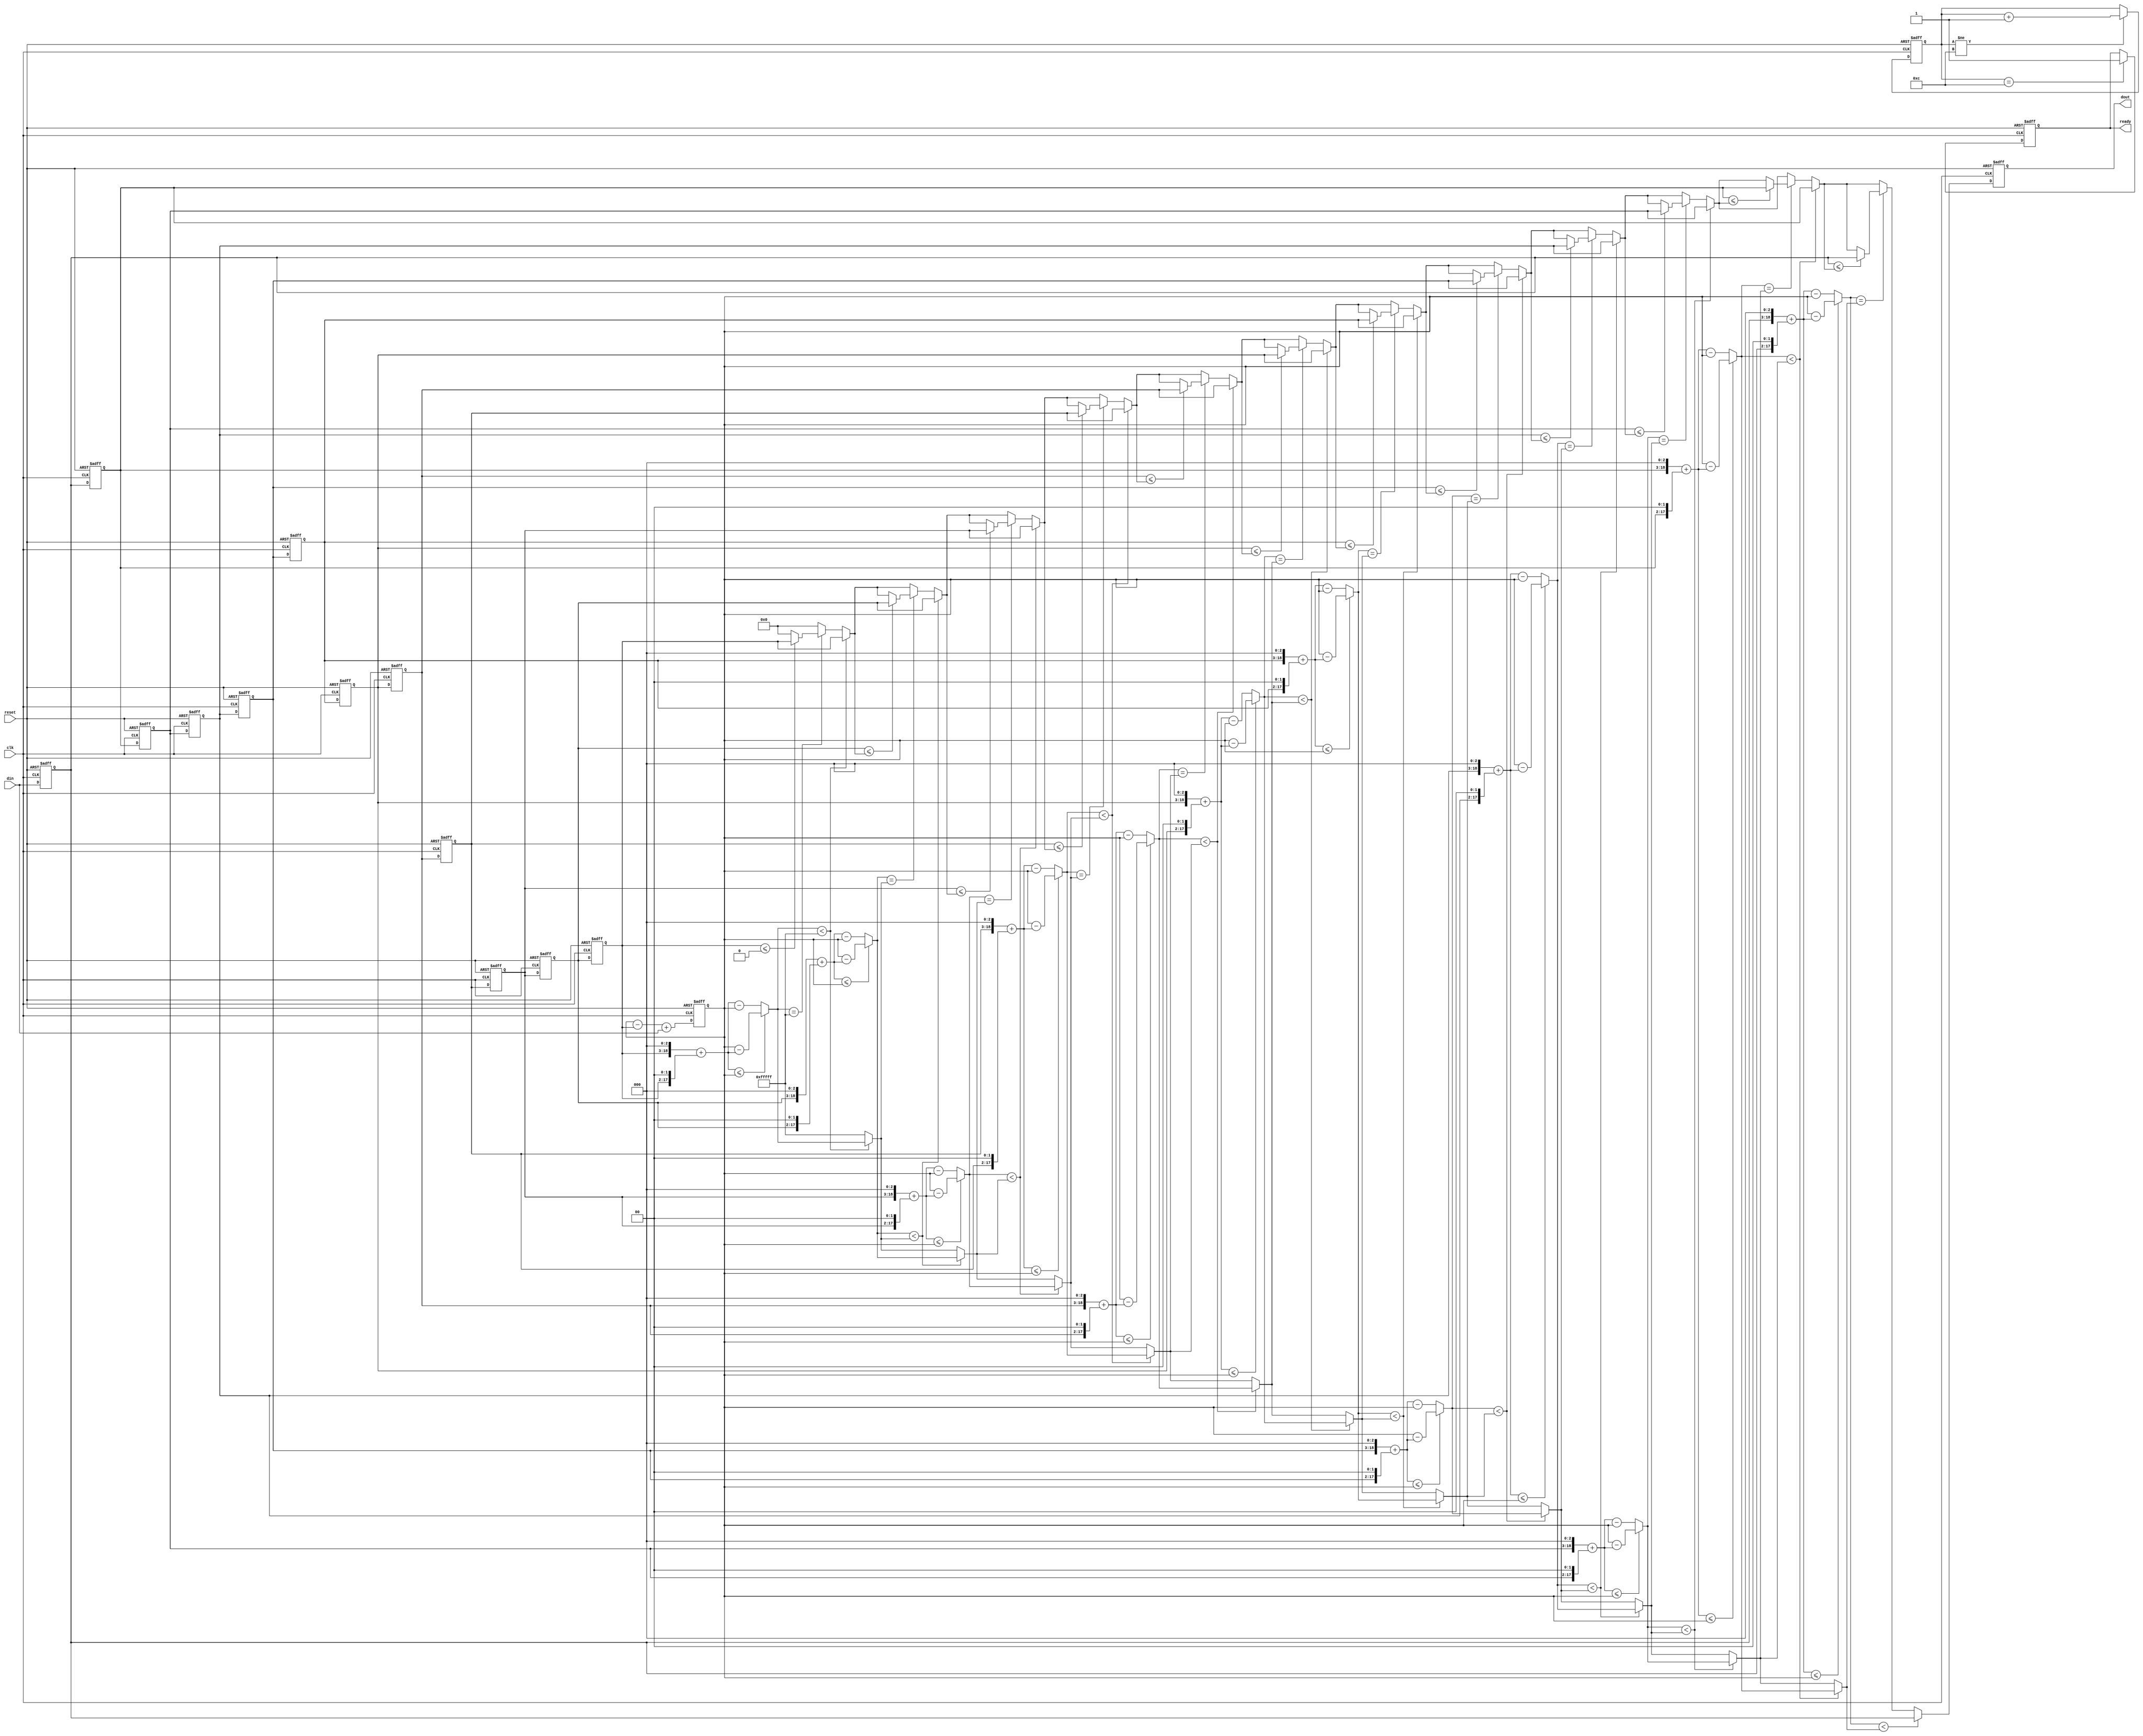
module avg #(parameter n=12)
    (din, reset, clk, ready, dout);
input reset, clk;
input [15:0] din;
output reg ready; 
output reg [15:0] dout;

// ==========================================
//  Enter your design below
// ==========================================

reg [15:0] arr [0:n-1];
reg [19:0] sum, n_mul12; //max 12, so left shift 4-bit
reg [15:0] temp;
reg [3:0] i;

always @(posedge clk, posedge reset) begin
    if(reset)begin
        sum <= 20'd0;
        for (i=0;i<n;i=i+1)
            arr[i]<=16'd0;
    end

    else begin
        //for(i=0;i<n-2;i=i+1)
            //arr[i]<=arr[i+1];
        //arr[n-1] <= din;
        
        arr[0]<=arr[1];
        arr[1]<=arr[2];
        arr[2]<=arr[3];
        arr[3]<=arr[4];
        arr[4]<=arr[5];
        arr[5]<=arr[6];
        arr[6]<=arr[7];
        arr[7]<=arr[8];        
        arr[8]<=arr[9];
        arr[9]<=arr[10];
        arr[10]<=arr[11];
        arr[11]<=din;

        sum <= sum - arr[0]+din;
    end
end
reg [19:0] dis,t_dis; 
always @(*) begin
    temp=16'd0;
    t_dis = 20'hfffff;
    //avg=sum>>3;
    for (i=0;i<n;i=i+1)begin
        n_mul12 = (arr[i]<<3)+(arr[i]<<2);
        /*if(n_mul12 <= sum & arr[i]>temp)begin
            temp = arr[i];
        end
        else 
            ;*/
        if (n_mul12 <= sum) dis = sum - n_mul12;
        else dis = n_mul12 - sum; 
        if (dis < t_dis)begin
            t_dis = dis;
            temp = arr[i];
            
            //if( <= temp ) temp = arr[i];
            //else ;
        end
        else if (dis == t_dis) begin
            if(arr[i] <= temp) temp = arr[i];
        end
        else ;
        //if( <= temp ) temp = arr[i];
            //else ;
    end
end
always @(posedge clk, posedge reset) begin
    if(reset) dout <= 16'd0;
    else dout<= temp;
end
reg [3:0] c;
always @(posedge clk, posedge reset) begin
    if(reset) c <= 4'd0;
    else if(c != 4'd12) c<=c+1;
end
always @(negedge clk,posedge reset) begin
    if(reset) ready <= 0;
    else if(c == 4'd12) ready<=1;
end

endmodule